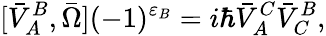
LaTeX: [\bar{V}_{A}^{B},\bar{\Omega}](-1)^{\varepsilon_{B}}=i\hbar\bar{V}_{A}^{C}\bar{V}_{C}^{B},